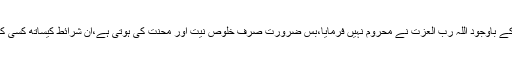
ہمیں اپنی غفلت اور کوتاہی کے باوجود اللہ رب العزت نے محروم نہیں فرمایا،بس ضرورت صرف خلوص نیت اور محنت کی ہوتی ہے،ان شرائط کیساتھ کسی کی محنت رائیگاں نہیں جاتی۔